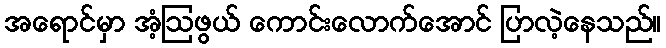
အရောင်မှာ အံ့ဩဖွယ် ကောင်းလောက်အောင် ပြာလဲ့နေသည်။